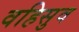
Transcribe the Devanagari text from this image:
वहिसुव